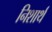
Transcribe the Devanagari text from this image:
निशार्थ